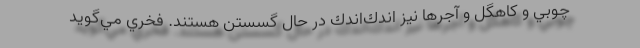
چوبي و كاهگل و آجرها نيز اندك‌اندك در حال گسستن هستند. فخري مي‌گويد